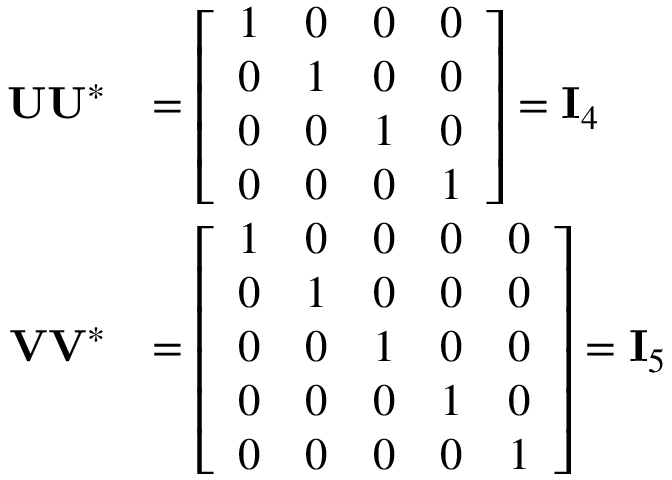
{ \begin{array} { r l } { \mathbf { U } \mathbf { U } ^ { * } } & { = { \left[ \begin{array} { l l l l } { 1 } & { 0 } & { 0 } & { 0 } \\ { 0 } & { 1 } & { 0 } & { 0 } \\ { 0 } & { 0 } & { 1 } & { 0 } \\ { 0 } & { 0 } & { 0 } & { 1 } \end{array} \right] } = \mathbf { I } _ { 4 } } \\ { \mathbf { V } \mathbf { V } ^ { * } } & { = { \left[ \begin{array} { l l l l l } { 1 } & { 0 } & { 0 } & { 0 } & { 0 } \\ { 0 } & { 1 } & { 0 } & { 0 } & { 0 } \\ { 0 } & { 0 } & { 1 } & { 0 } & { 0 } \\ { 0 } & { 0 } & { 0 } & { 1 } & { 0 } \\ { 0 } & { 0 } & { 0 } & { 0 } & { 1 } \end{array} \right] } = \mathbf { I } _ { 5 } } \end{array} }